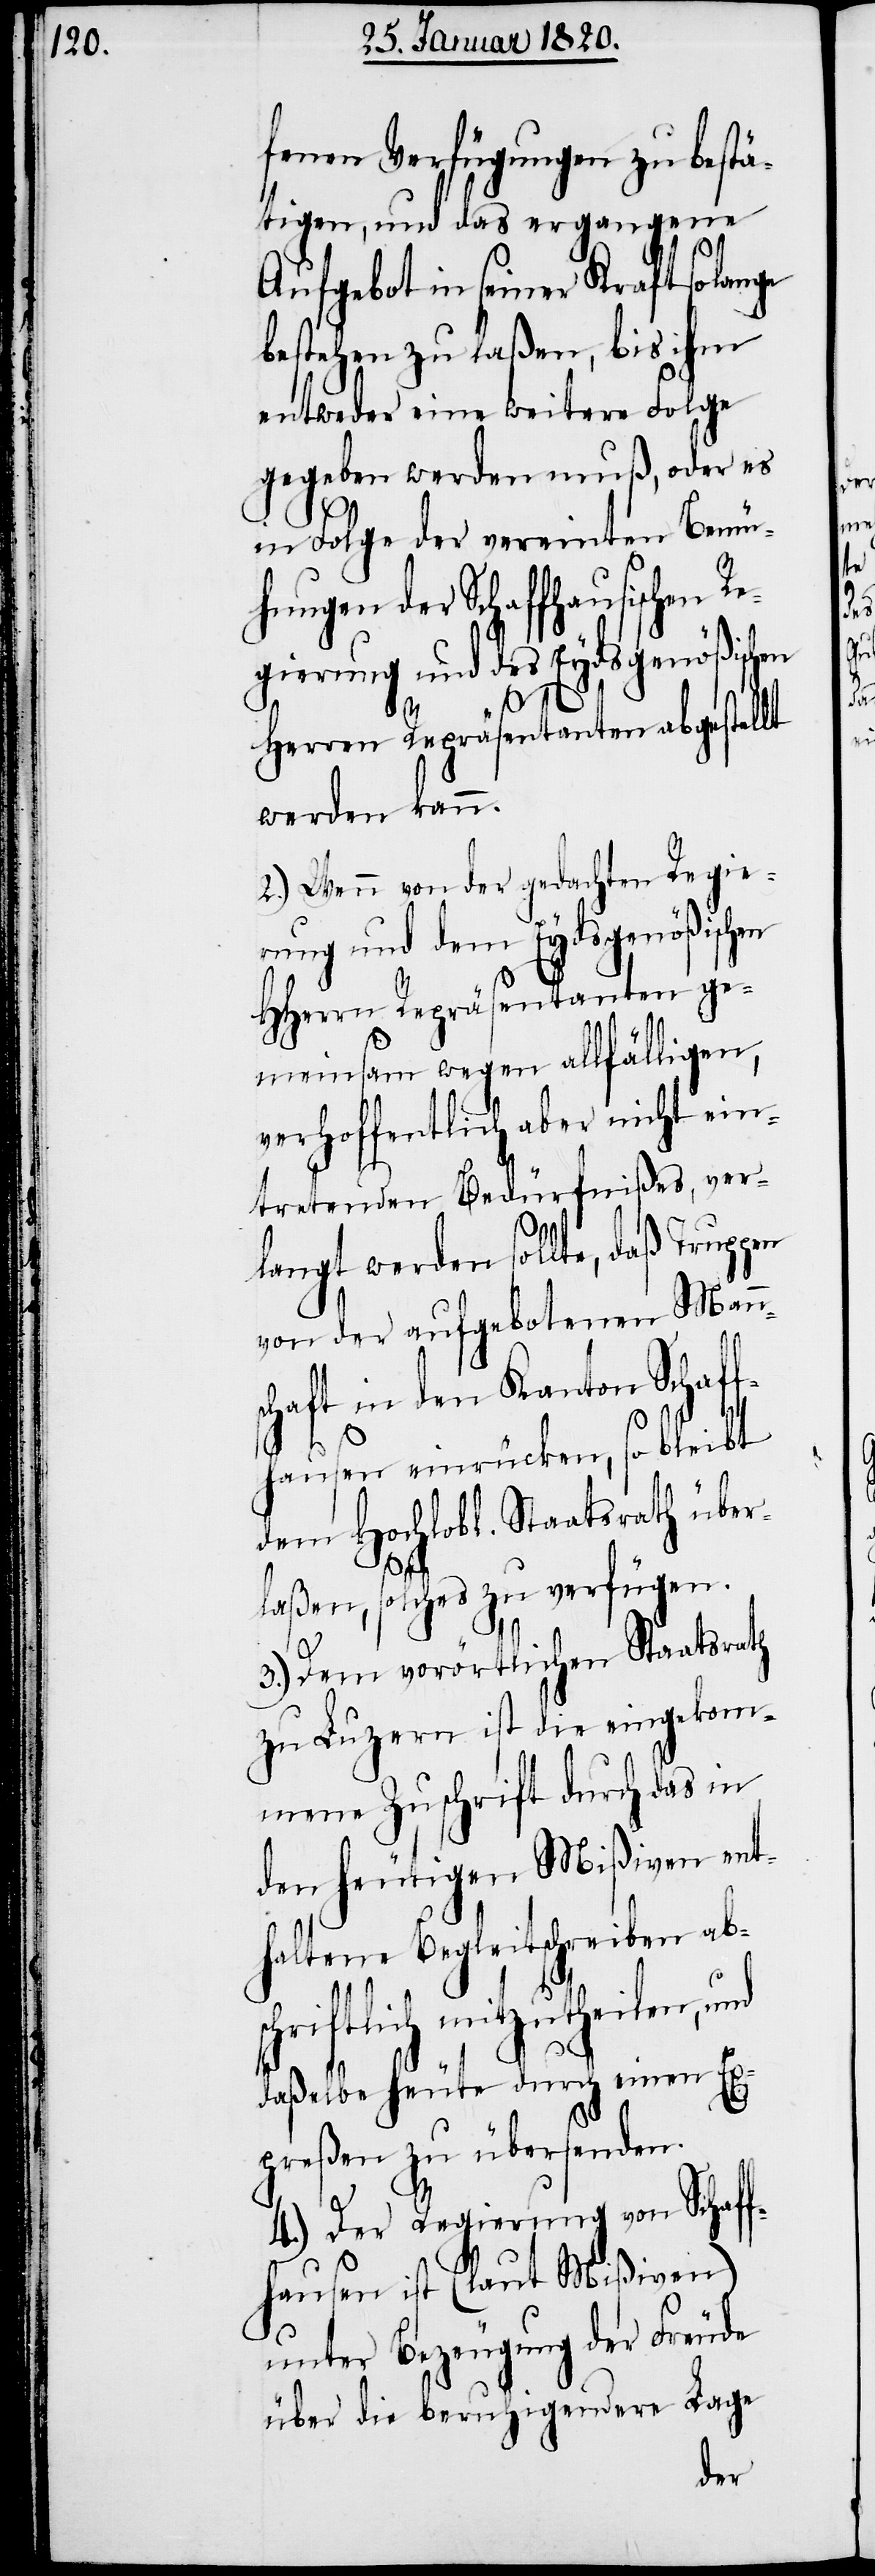
fenen Verfügungen zu bestä¬
tigen, und das ergangene
Aufgebot in seiner Kraft so lange
bestehen zu laßen, bis ihm
entweder eine weitere Folge
gegeben werden muß, oder es
in Folge der vereinten Bemü¬
hungen der Schaffhausischen Re¬
gierung und des Eydsgenößischen
en
Herren Repräsentanten abgestellt
werden kann.
2.) Wenn von der gedachten Regie¬
rung und dem Eydsgenößischen
HHerrn Repräsentanten ge¬
meinsam wegen allfälligen,
verhoffentlich aber nicht ein¬
tretenden Bedürfnißes, ver¬
langt werden sollte, daß Trupp¬
von der aufgebotenen Man¬
chaft in den Kanton Schaff¬
hausen einrücken, so bleibt
dem Hochlobl. Staatsrath über¬
sch¬
laßen, solches zu verfügen.
3.) Dem vorörtlichen Staatsrath
zu Luzern ist die eingekom¬
mene Zuschrift durch das in
den heutigen Mißiven ent¬
haltene Begleitschreiben ab¬
riftlich mitzutheilen,
daßelbe heute durch einen Ex¬
preßen zu übersenden.
4.) Der Regierung von Schaff¬
hausen ist (laut Mißiven)
unter Bezeugung der Freude
über die beruhigendere Lage